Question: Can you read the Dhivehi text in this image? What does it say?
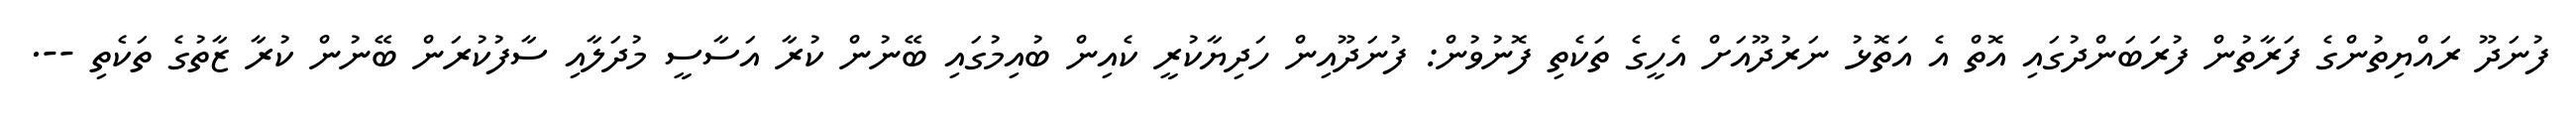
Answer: ފުނަދޫ ރައްޔިތުންގެ ފަރާތުން ފުރަބަންދުގައި އޮތް އެ އަތޮޅު ނަރުދޫއަށް އެހީގެ ތަކެތި ފޮނުވުން: ފުނަދޫއިން ހަދިޔާކުރީ ކެއިން ބުއިމުގައި ބޭނުން ކުރާ އަސާސީ މުދަލާއި ސާފުކުރަން ބޭނުން ކުރާ ޒާތުގެ ތަކެތި --.